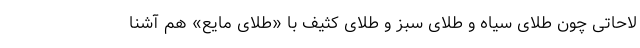
لاحاتی چون طلای سیاه و طلای سبز و طلای کثیف با «طلای مایع» هم آشنا